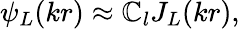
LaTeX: \psi_{L}(kr)\approx\mathbb{C}_{l}J_{L}(kr),